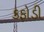
કફોડી